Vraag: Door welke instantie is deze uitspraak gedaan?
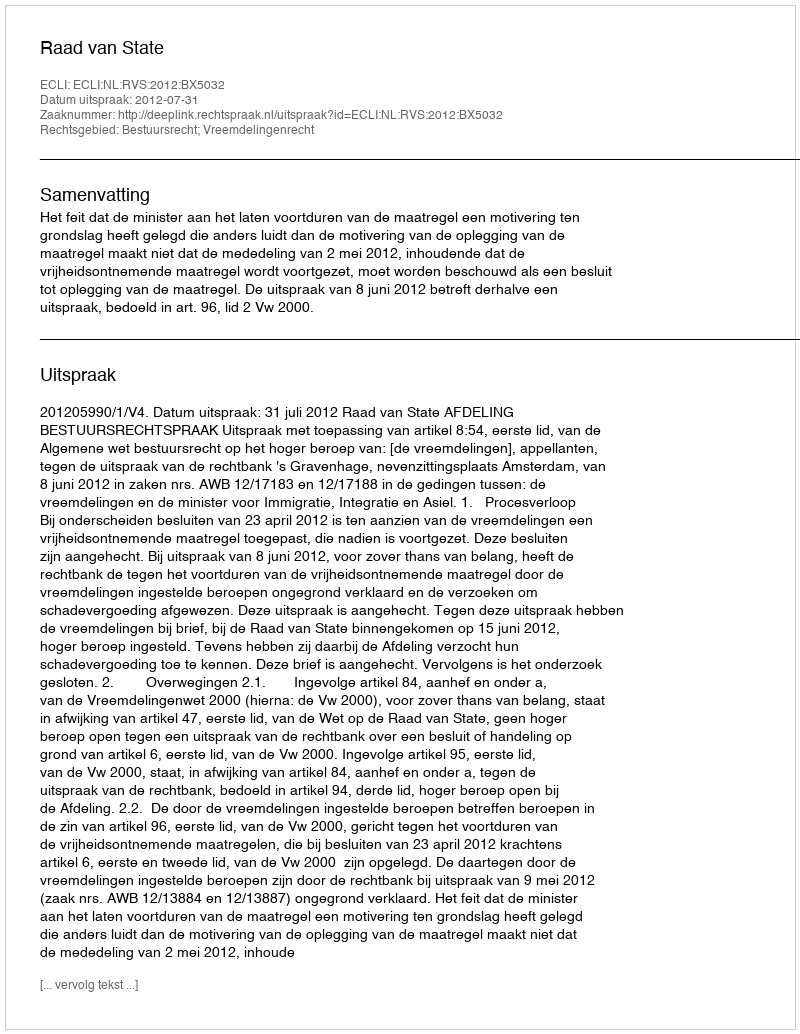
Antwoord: Raad van State